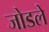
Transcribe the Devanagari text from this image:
जोडलें